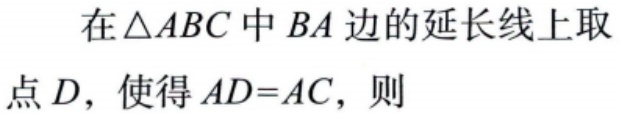
在\(\triangle ABC\)中\(BA\)边的延长线上取点\(D\)，使得\(AD = AC\)，则